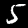
Digit: 5